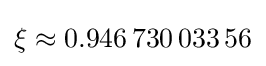
\xi \approx 0.946\,730\,033\,56